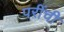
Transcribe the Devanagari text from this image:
परींची